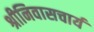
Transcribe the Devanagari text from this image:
श्रीनिवासचार्य